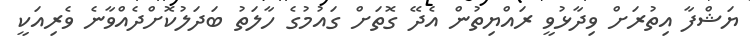
ޔަޝްފާ އިތުރަށް ވިދާޅުވީ ރައްޔިތުން އެދޭ ގޮތަށް ގައުމުގެ ހާލަތު ބަދަލުކޮށްދެއްވާނެ ވެރިއަކީ